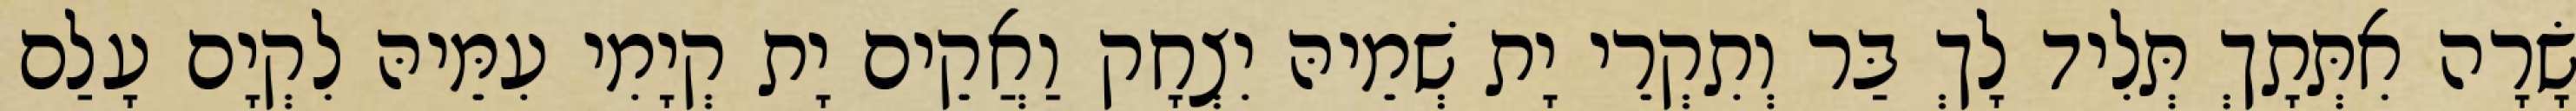
שָׂרָה אִתְּתָךְ תְּלִיד לָךְ בַּר וְתִקְרֵי יָת שְׁמֵיהּ יִצְחָק וַאֲקֵים יָת קְיָמִי עִמֵּיהּ לִקְיָם עָלַם